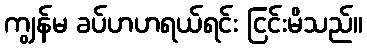
ကျွန်မ ခပ်ဟဟရယ်ရင်း ငြင်းမိသည်။